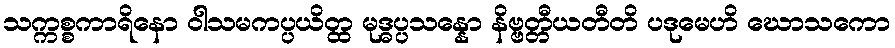
သက္ကစ္စကာရိနော ဝါသမကပ္ပယိတ္ထ မုဒ္ဓပ္ပသန္နော နိဗ္ဗတ္တီယတီတိ ပဒုမေဟိ ဃောသကော